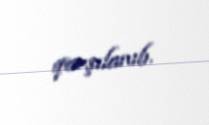
qarşılanıb.